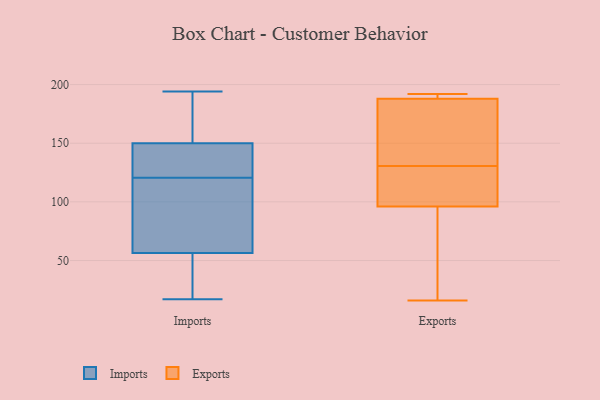
{"axis": {"x": "Churn Rate (%)", "y": "Value"}, "legend": ["Exports", "Imports"], "data": [{"x": "", "y": 60, "type": "Imports"}, {"x": "", "y": 17, "type": "Imports"}, {"x": "", "y": 50, "type": "Imports"}, {"x": "", "y": 194, "type": "Imports"}, {"x": "", "y": 155, "type": "Imports"}, {"x": "", "y": 125, "type": "Imports"}, {"x": "", "y": 125, "type": "Imports"}, {"x": "", "y": 65, "type": "Imports"}, {"x": "", "y": 187, "type": "Imports"}, {"x": "", "y": 177, "type": "Imports"}, {"x": "", "y": 184, "type": "Imports"}, {"x": "", "y": 145, "type": "Imports"}, {"x": "", "y": 37, "type": "Imports"}, {"x": "", "y": 116, "type": "Imports"}, {"x": "", "y": 144, "type": "Imports"}, {"x": "", "y": 69, "type": "Imports"}, {"x": "", "y": 131, "type": "Imports"}, {"x": "", "y": 107, "type": "Imports"}, {"x": "", "y": 53, "type": "Imports"}, {"x": "", "y": 22, "type": "Imports"}, {"x": "", "y": 118, "type": "Exports"}, {"x": "", "y": 16, "type": "Exports"}, {"x": "", "y": 96, "type": "Exports"}, {"x": "", "y": 188, "type": "Exports"}, {"x": "", "y": 183, "type": "Exports"}, {"x": "", "y": 189, "type": "Exports"}, {"x": "", "y": 89, "type": "Exports"}, {"x": "", "y": 143, "type": "Exports"}, {"x": "", "y": 192, "type": "Exports"}, {"x": "", "y": 106, "type": "Exports"}]}